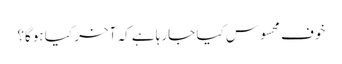
خوف محسوس کیا جارہا ہے کہ آخر کیا ہوگا؟